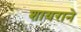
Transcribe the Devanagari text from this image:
शायराने